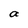
Character: a